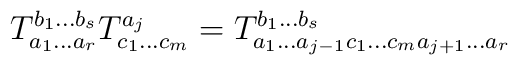
T_{a_1 \ldots a_r}^{b_1 \ldots b_s}T_{c_1 \ldots    c_m}^{a_j} = T_{a_1 \ldots a_{j-1} c_1 \ldots c_m a_{j+1} \ldots a_r}^{b_1    \ldots b_s}